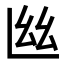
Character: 𢆸